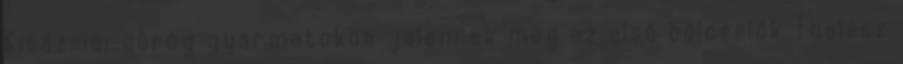
Kisázsiai görög gyarmatokon jelennek meg az első bölcselők Thalész